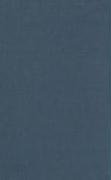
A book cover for The Cause of God and Truth; John Gill; Christian Books & Bibles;